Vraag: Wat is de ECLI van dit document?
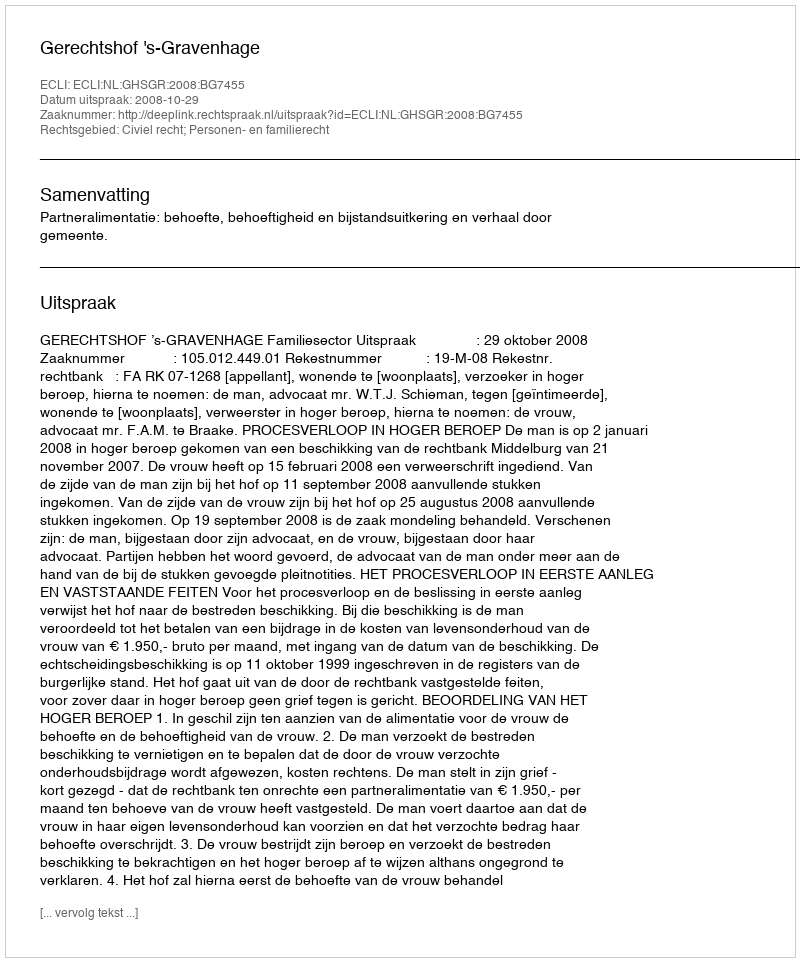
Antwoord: ECLI:NL:GHSGR:2008:BG7455